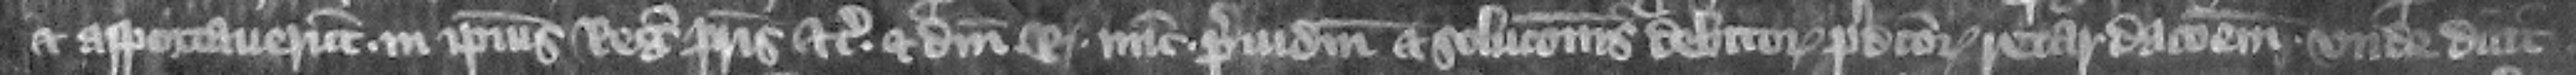
et asportauerunt in ipsius regis patris etc. et domini regis nunc preiudicium et solucionis debitorum predictorum retardacionem. Vnde dicit